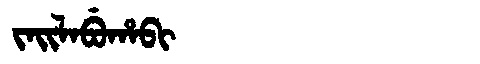
Manchu: ᠵᠠᡳᠯᠠᠪᡠᡥᠠᠪᡳ
Romanization: JAILABUHABI